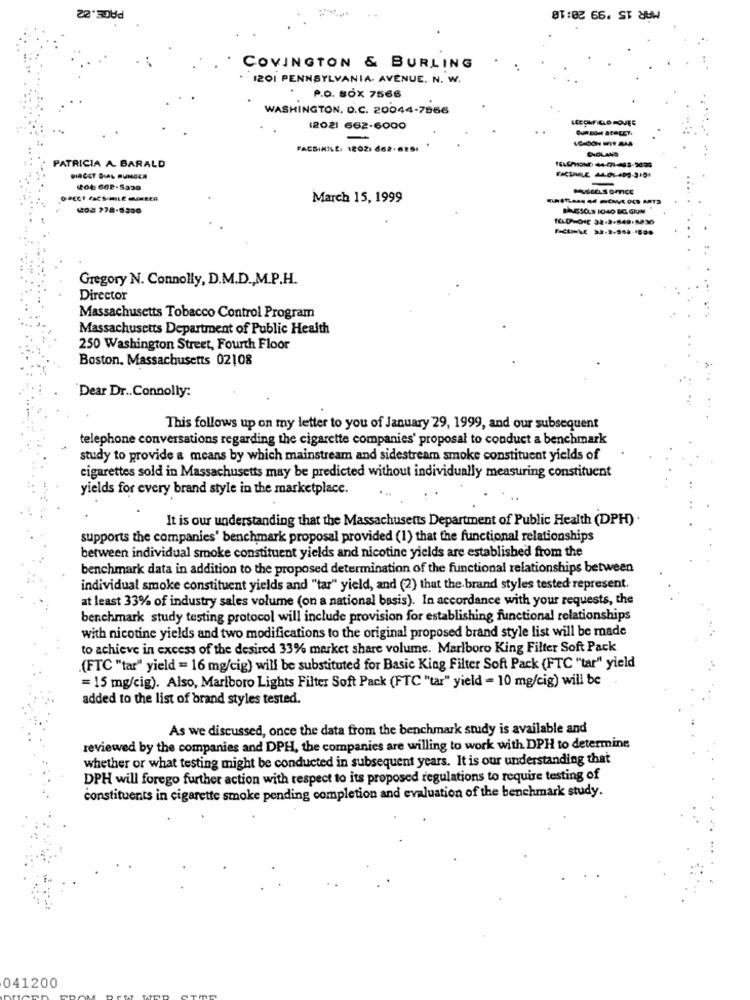
PAGE.82
MÅR 15 '99 20:10
COVINGTON & BURLING
1201 PENNSYLVANIA. AVENUE. N. W.
P.O. BOX 7566
WASHINGTON, D.C. 20044-7866
(202) 662-6000
FACSIMILE: 12021 662-6251
. .
ENGLAND
PATRICIA A BARALD
DIRECT DIAL MUNGCA
-
March 15, 1999
BAN510.3 1040 BC. GIUN
Gregory N. Connolly, D.M.D ., M.P.H.
Director
Massachusetts Tobacco Control Program
Massachusetts Department of Public Health
250 Washington Street, Fourth Floor
Boston, Massachusetts 02108
Dear Dr .. Connolly:
This follows up on my letter to you of January 29, 1999, and our subsequent
telephone conversations regarding the cigarette companies' proposal to conduct a benchmark
study to provide a means by which mainstream and sidestream smoke constituent yields of
cigarettes sold in Massachusetts may be predicted without individually measuring constituent
yields for every brand style in the marketplace.
It is our understanding that the Massachusetts Department of Public Health (DPH) .
supports the companies' benchmark proposal provided (1) that the functional relationships
between individual smoke constituent yields and nicotine yields are established from the
benchmark data in addition to the proposed determination of the functional relationships between
individual smoke constituent yields and "tar" yield, and (2) that the brand styles tested represent.
at least 33% of industry sales volume (on a national basis). In accordance with your requests, the
benchmark study testing protocol will include provision for establishing functional relationships
with nicotine yields and two modifications to the original proposed brand style list will be made
to achieve in excess of the desired 33% market share volume. Marlboro King Filter Soft Pack
(FTC "tar" yield = 16 mg/cig) will be substituted for Basic King Filter Soft Pack (FTC "tar" yield
= 15 mg/cig). Also, Marlboro Lights Filter Soft Pack (FTC "tar" yield = 10 mg/cig) will be
added to the list of brand styles tested.
As we discussed, once the data from the benchmark study is available and
reviewed by the companies and DPH, the companies are willing to work with DPH to determine
whether or what testing might be conducted in subsequent years. It is our understanding that
DPH will forego further action with respect to its proposed regulations to require testing of
constituents in cigarette smoke pending completion and evaluation of the benchmark study.
041200